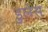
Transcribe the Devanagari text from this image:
डुलेस